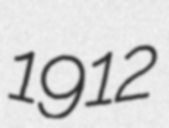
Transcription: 1912